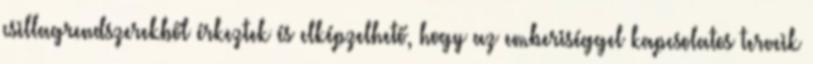
csillagrendszerekből érkeztek és elképzelhető, hogy az emberiséggel kapcsolatos terveik